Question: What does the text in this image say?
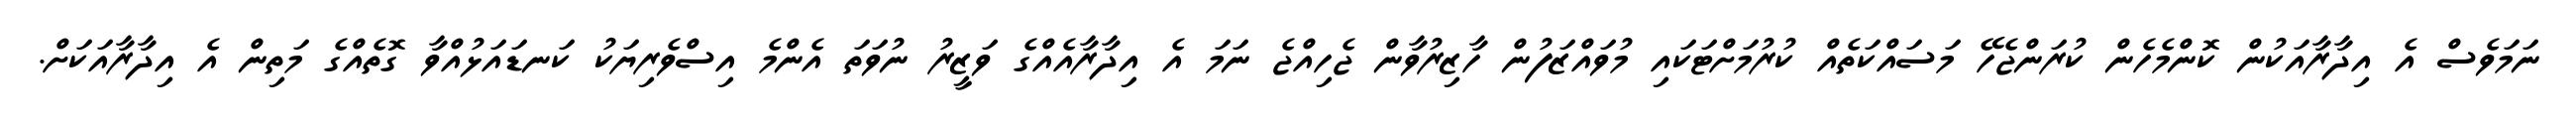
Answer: ނަމަވެސް އެ އިދާރާއަކުން ކޮންމެހެން ކުރަންޖެހޭ މަސައްކަތެއް ކުރުމަށްޓަކައި މުވައްޒަފުން ހާޒިރުވާން ޖެހިއްޖެ ނަމަ އެ އިދާރާއެއްގެ ވަޒީރު ނުވަތަ އެންމެ އިސްވެރިޔަކު ކަނޑައަޅުއްވާ ގޮތެއްގެ މަތިން އެ އިދާރާއަކަށް.